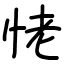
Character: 恅